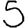
Digit: 5